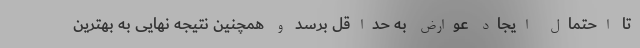
تا احتمال ایجاد عوارض به حداقل برسد و همچنین نتیجه نهایی به بهترین